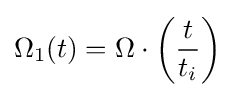
\Omega _{1}(t)=\Omega \cdot \left({{t} \over {t_{i}}}\right)